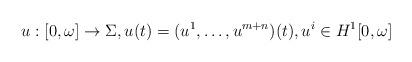
LaTeX: \begin{align*}u:[0,\omega]\to\Sigma,u(t)=(u^1,\ldots,u^{m+n})(t),u^i\in H^1[0,\omega]\end{align*}